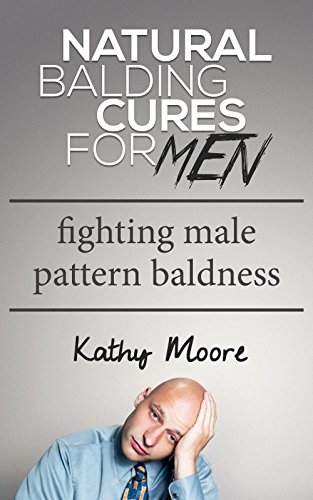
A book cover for Remedies For Hair Loss: The Most Effective, Solution to Finally Stop Hair Loss And Prevent Balding ( Hair Loss Prevention, Fighting Male Pattern Baldness): Natural Balding Cures for Men; Kathy Moore; Health, Fitness & Dieting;